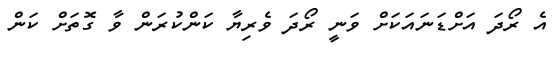
އެ ރޯދަ އަށްޑަނައަކަށް ވަނީ ރޯދަ ވެރިޔާ ކަންކުރަން ވާ ގޮތަށް ކަން